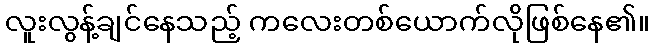
လူးလွန့်ချင်နေသည့် ကလေးတစ်ယောက်လိုဖြစ်နေ၏။